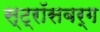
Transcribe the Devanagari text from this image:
स्ट्रॉसबर्ग